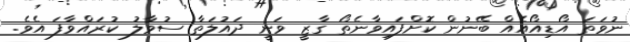
ނުވަތަ އޯޑިއޯއެއް ބޭނުން ކޮށްފައިވާނެތޯ ގާޒީ ވަނީ ދައުލަތާ ސުވާލު ކުރައްވާފަ އެވެ.